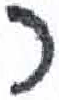
אות: כ